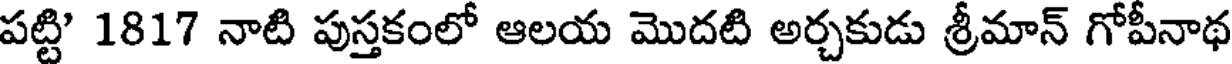
పట్టి' 1817 నాటి పుస్తకంలో ఆలయ మొదటి అర్చకుడు శ్రీమాన్ గోపీనాథ